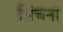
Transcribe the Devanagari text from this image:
सिंचना